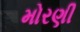
મોરણી